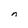
Character: n